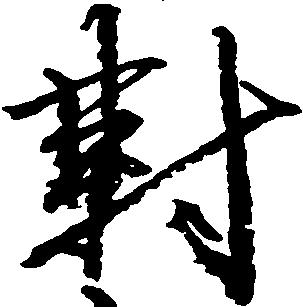
対